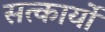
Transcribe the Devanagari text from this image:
सत्कार्यो